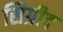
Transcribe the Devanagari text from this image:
सिग्रीद